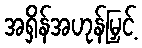
အရှိန်အဟုန်မြှင့်